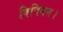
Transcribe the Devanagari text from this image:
विवियन।